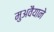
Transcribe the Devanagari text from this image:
मुअवैयाने